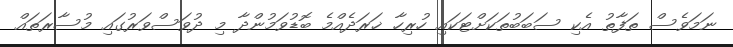
ނަމަވެސް ތަފާތު އެކި ސަބަބުތަކަށްޓަކައި ހުރިހާ ޚަރަދެއްމެ ބޮޑުވަމުންދާ މި ދުވަސްވަރުގައި މުސާރަތައް